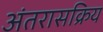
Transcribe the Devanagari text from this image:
अंतरासक्रिय